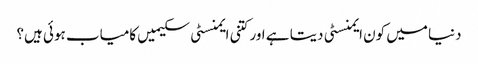
دنیا میں کون ایمنسٹی دیتا ہے اور کتنی ایمنسٹی سکیمیں کامیاب ہوئی ہیں؟